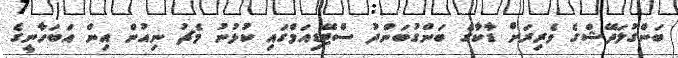
ބަންގުލަދޭޝްގެ ވެރިރަށް ޑާކާގެ ބަންގުބަންދު ސްޓޭޑިއަމްގައި ކުޅުނު މެޗު ނިއުން އިން އަބަހާނީގެ